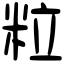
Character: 粒